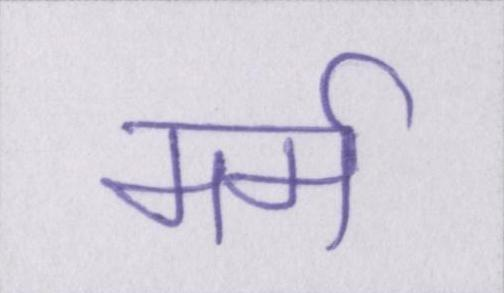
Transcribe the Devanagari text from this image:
मर्म